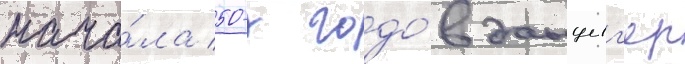
нача́ла 50-х годо́в данциг'ер